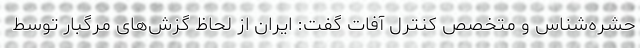
حشره‌شناس و متخصص کنترل آفات گفت: ایران از لحاظ گزش‌های مرگبار توسط